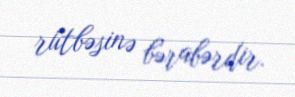
rütbəsinə bərabərdir.